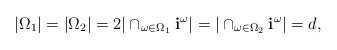
LaTeX: \begin{align*} |\Omega_1|=|\Omega_2|=2 |\cap_{\omega \in \Omega_1} \mathbf{i}^\omega|=|\cap_{\omega\in \Omega_2} \mathbf{i}^\omega|=d,\end{align*}